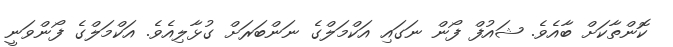
ކޮންތާކަށް ބާއެވެ. ޝައުފް ފޯން ނަގައި އަކްމަލްގެ ނަންބަރަށް ގުޅާލިއެވެ. އަކްމަލްގެ ފޯންވަނީ